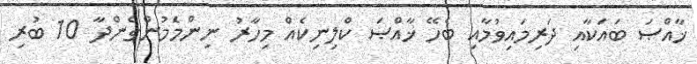
ޚާއްޞަ ބައަކާއި ދަރިމައިވުމާއި ބެހޭ ޚާއްޞަ ކްލިނިކެއް މިހާރު ނިންމަެމުންގެންދާ 10 ބުރި